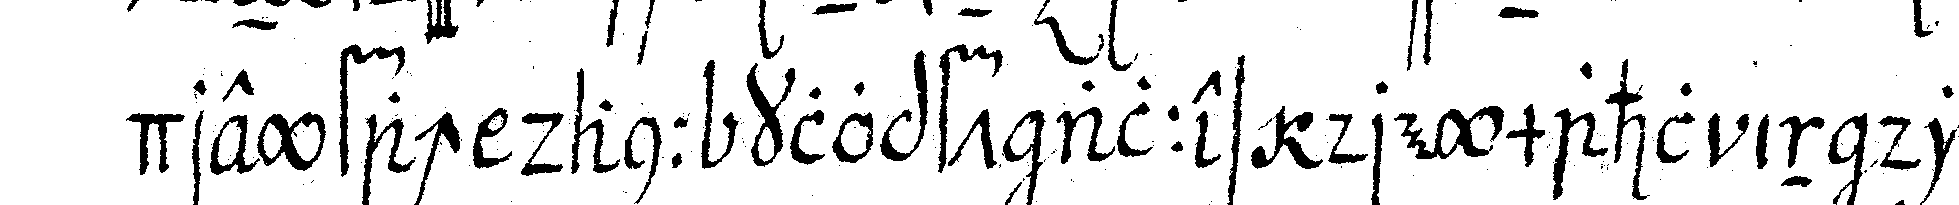
dreyfach dann klopft alles dreymahl in die